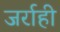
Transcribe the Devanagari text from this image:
जर्राही